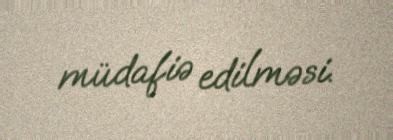
müdafiə edilməsi.